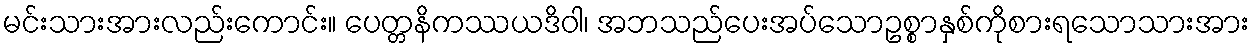
မင်းသားအားလည်းကောင်း။ ပေတ္တနိကဿယဒိဝါ၊ အဘသည်ပေးအပ်သောဥစ္စာနှစ်ကိုစားရသောသားအား